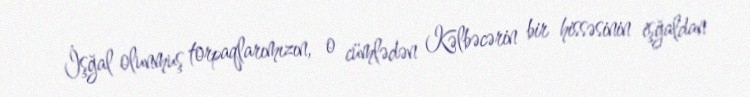
İşğal olunmuş torpaqlarımızın, o cümlədən Kəlbəcərin bir hissəsinin işğaldan